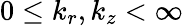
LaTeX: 0\le k_{r},k_{z}<\infty